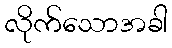
လိုက်သောအခါ